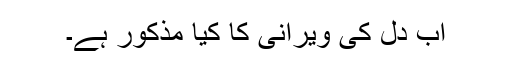
اب دل کی ویرانی کا کیا مذکور ہے۔